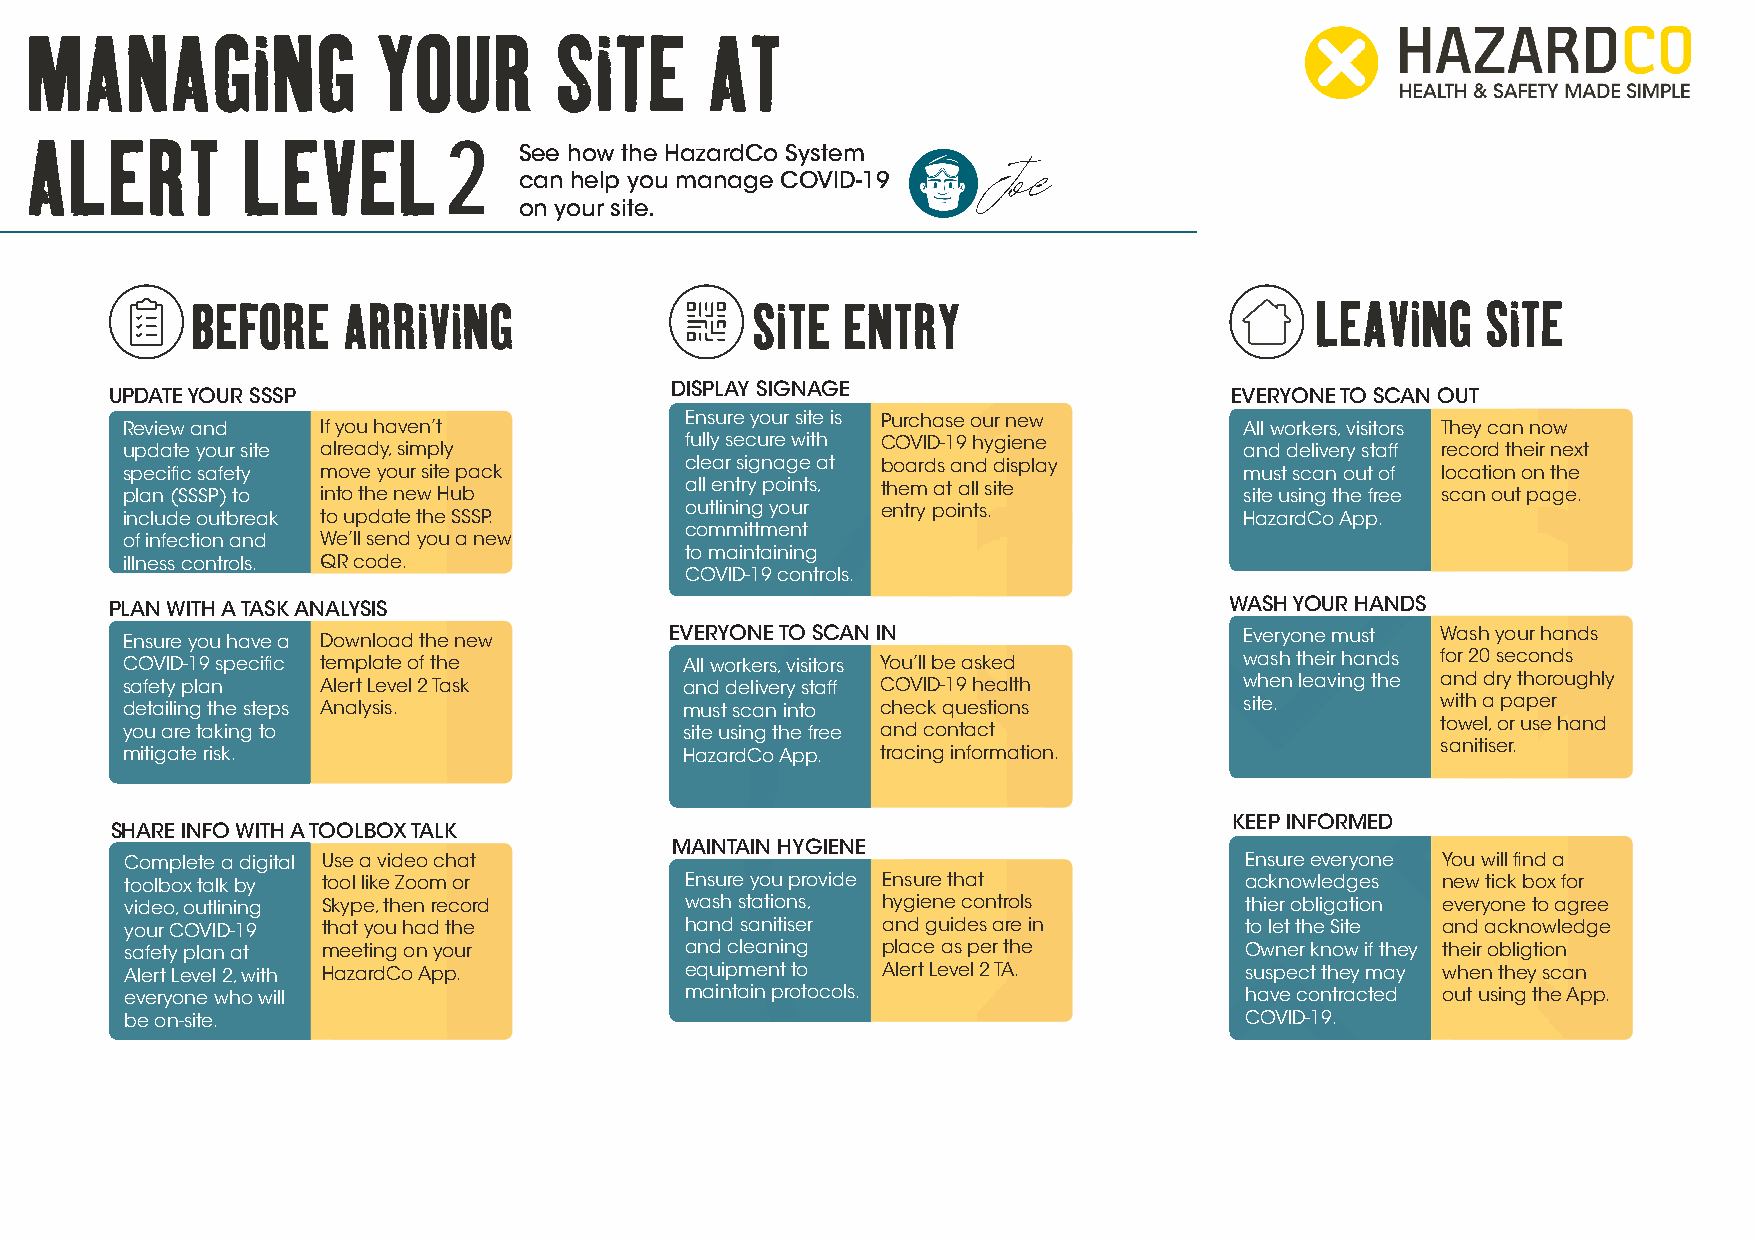
2
 See how the HazardCo System
 can help you manage COVID-19
 Joe
 on your site.
 DISPLAY SIGNAGE
 UPDATE YOUR SSSP                                                           EVERYONE TO SCAN OUT
 Review and   If you haven’t          Ensure your site is Purchase our new All workers, visitors They can now
 update your site already, simply     fully secure with COVID-19 hygiene   and delivery staff record their next
 specific safety move your site pack  clear signage at boards and display  must scan out of location on the
 plan (SSSP) to into the new Hub      all entry points, them at all site   site using the free scan out page.
 include outbreak to update the SSSP. outlining your entry points.         HazardCo App.
 committment
 of infection and We’ll send you a new
 to maintaining
 illness controls. QR code.
 COVID-19 controls.
 PLAN WITH A TASK ANALYSIS                                                 WASH YOUR HANDS
 Ensure you have a Download the new  EVERYONE TO SCAN IN                   Everyone must Wash your hands
 COVID-19 specific template of the    All workers, visitors You’ll be asked wash their hands for 20 seconds
 safety plan  Alert Level 2 Task      and delivery staff COVID-19 health   when leaving the and dry thoroughly
 detailing the steps Analysis.        must scan into check questions       site.        with a paper
 towel, or use hand
 you are taking to                    site using the free and contact
 sanitiser.
 mitigate risk.                       HazardCo App. tracing information.
 KEEP INFORMED
 SHARE INFO WITH A TOOLBOX TALK
 MAINTAIN HYGIENE
 Complete a digital Use a video chat                                       Ensure everyone You will find a
 toolbox talk by tool like Zoom or    Ensure you provide Ensure that       acknowledges new tick box for
 video, outlining Skype, then record  wash stations, hygiene controls      thier obligation everyone to agree
 your COVID-19 that you had the       hand sanitiser and guides are in     to let the Site and acknowledge
 safety plan at meeting on your       and cleaning place as per the        Owner know if they their obligtion
 Alert Level 2, with HazardCo App.    equipment to Alert Level 2 TA.       suspect they may when they scan
 everyone who will                    maintain protocols.                  have contracted out using the App.
 be on-site.                                                               COVID-19.